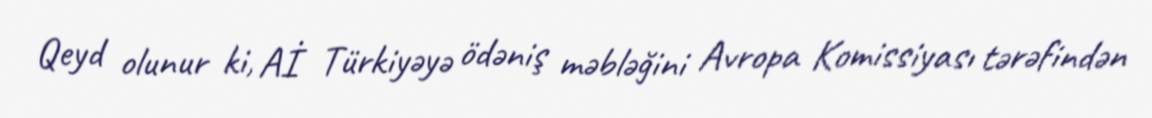
Qeyd olunur ki, Aİ Türkiyəyə ödəniş məbləğini Avropa Komissiyası tərəfindən